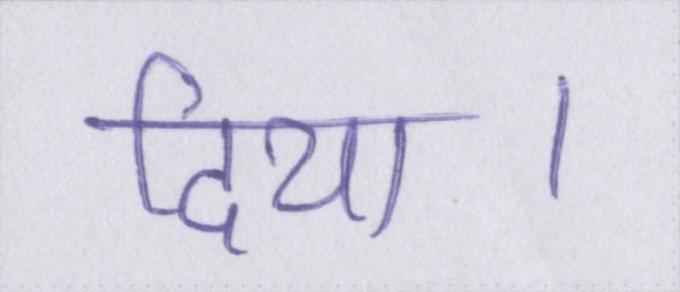
दिया।